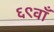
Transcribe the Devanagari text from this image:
६९वाँ